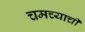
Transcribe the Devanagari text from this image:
चमच्याची